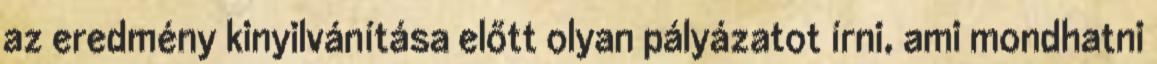
az eredmény kinyilvánítása előtt olyan pályázatot írni, ami mondhatni